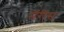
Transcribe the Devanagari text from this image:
मॅरीस